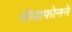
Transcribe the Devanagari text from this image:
वोडाफोनने